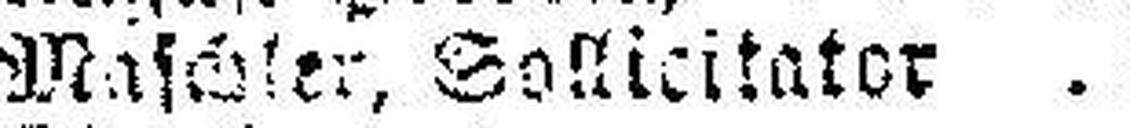
Maschler, Sollieitater